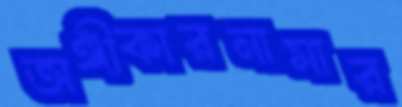
অঙ্গীকারনামার